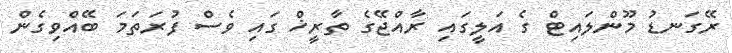
ރޭގަނޑު މޫންލައިޓް ގެ އަލީގައި ރާއްޖޭގެ ތާރީޚް ގައި ވެސް ފުރަތަމަ ބޭއްވިގެން